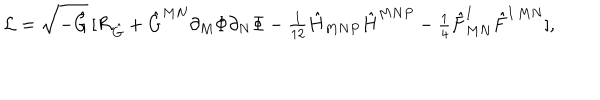
{ \cal L } = \sqrt { - \hat { G } } \, [ { \cal R } _ { \hat { G } } + \hat { G } ^ { M N } \partial _ { M } \Phi \partial _ { N } \Phi - { \textstyle { \frac { 1 } { 1 2 } } } \hat { H } _ { M N P } \hat { H } ^ { M N P } - { \textstyle { \frac { 1 } { 4 } } } \hat { F } _ { M N } ^ { I } \hat { F } ^ { I \, M N } ] ,